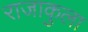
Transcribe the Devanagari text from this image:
राजाकुला